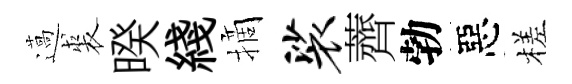
薖裘暌綫摘裟薺勃惡槎